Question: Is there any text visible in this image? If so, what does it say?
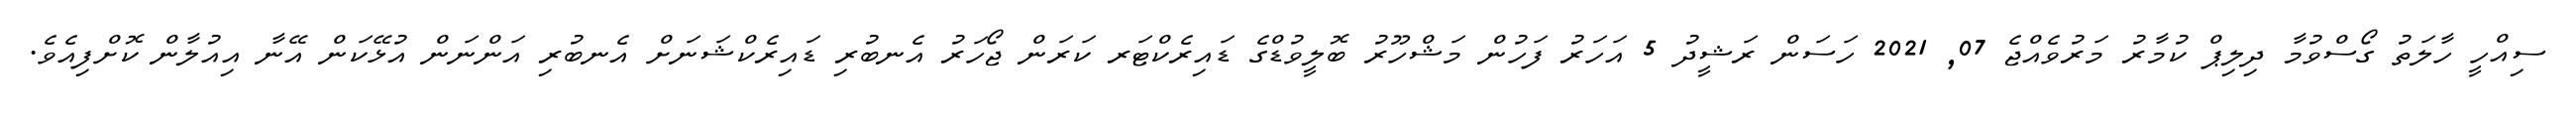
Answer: ސިއްހީ ހާލަތު ގޯސްވުމާ ދިލިޕް ކުމާރު މަރުވެއްޖެ 07, 2021 ހަސަން ރަޝީދު 5 އަހަރު ފަހުން މަޝްހޫރު ބޮލީވުޑްގެ ޑައިރެކްޓަރ ކަރަން ޖޯހަރު އެނބުރި ޑައިރެކްޝަނަށް އެނބުރި އަންނަން އުޅޭކަން އޭނާ އިއުލާން ކޮށްފިއެވެ.